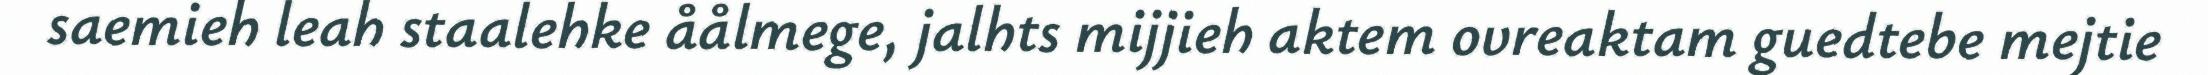
saemieh leah staalehke åålmege, jalhts mijjieh aktem ovreaktam guedtebe mejtie